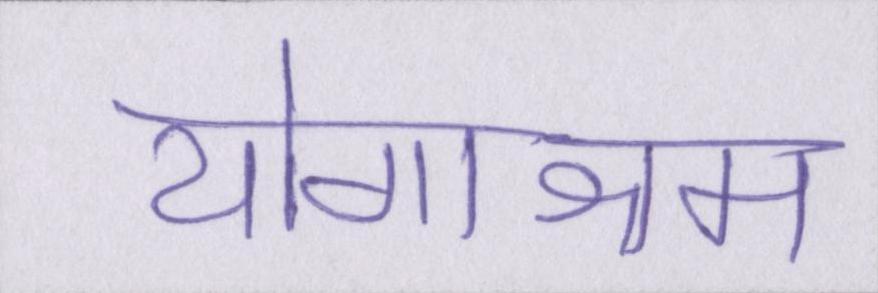
योगाश्रम